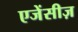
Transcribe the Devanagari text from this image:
एजेंसीज़